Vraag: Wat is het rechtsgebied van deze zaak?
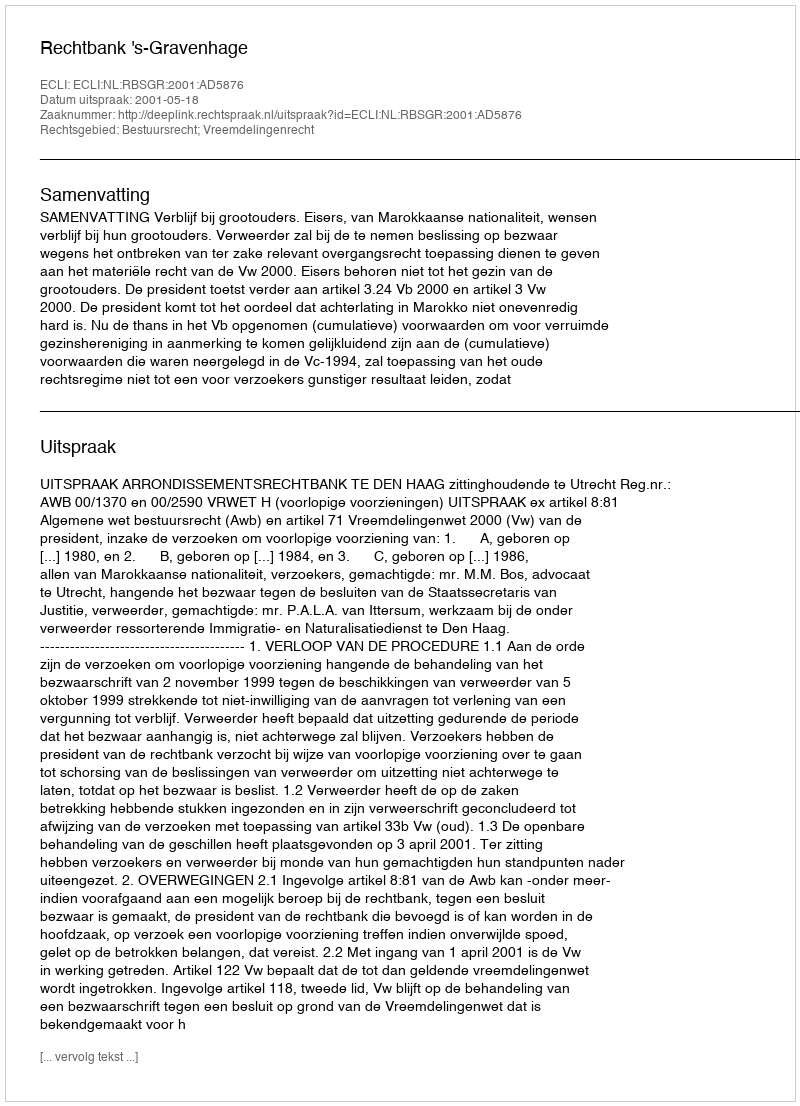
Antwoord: Bestuursrecht; Vreemdelingenrecht